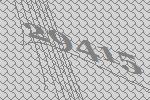
29415